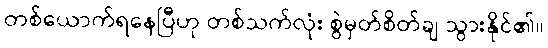
တစ်ယောက်ရနေပြီဟု တစ်သက်လုံး စွဲမှတ်စိတ်ချ သွားနိုင်၏။